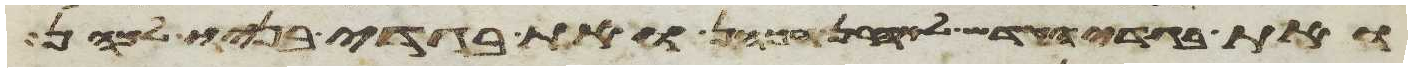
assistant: ואת בגדי הקדש לאהרן הכהן ואת בגדי בניו לכהן